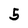
Character: 5